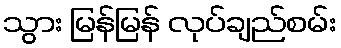
သွား မြန်မြန် လုပ်ချည်စမ်း